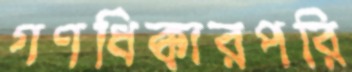
গণধিক্কারপরি